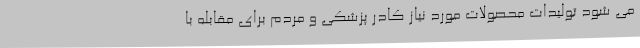
می شود تولیدات محصولات مورد نیاز کادر پزشکی و مردم برای مقابله با